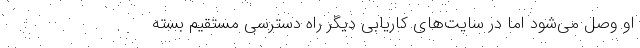
او وصل می‌شود اما در سایت‌های کاریابی دیگر راه دسترسی مستقیم بسته